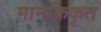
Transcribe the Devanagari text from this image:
मानकिकृत